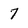
Character: 7